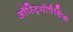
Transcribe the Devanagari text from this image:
ऑस्ट्रियोपैथिक